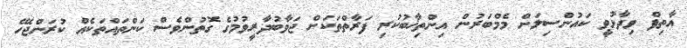
އާތިފް ވިދާޅުވީ ކައުންސިލަށް މެމްބަރުން އިންތިޚާބުކުރި ފަރާތްތަކަށް ޖަވާބުދާރީވުމުގެ ގޮތުންވެސް ކަންތައްތަކެއް ކުރަންޖެހޭ